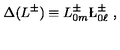
\Delta ( L ^ { \pm } ) \equiv L _ { 0 m } ^ { \pm } \L _ { 0 \ell } ^ { \pm } \ ,